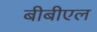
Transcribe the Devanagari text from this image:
बीबीएल